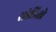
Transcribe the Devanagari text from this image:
सोडितो